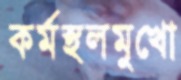
কর্মস্থলমুখো